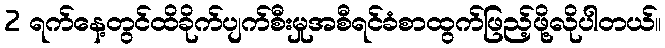
2 ရက်နေ့တွင်ထိခိုက်ပျက်စီးမှုအစီရင်ခံစာထွက်ဖြည့်ဖို့လိုပါတယ်။